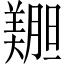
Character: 𫅝